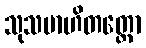
သုသမာဟိတတ္တော